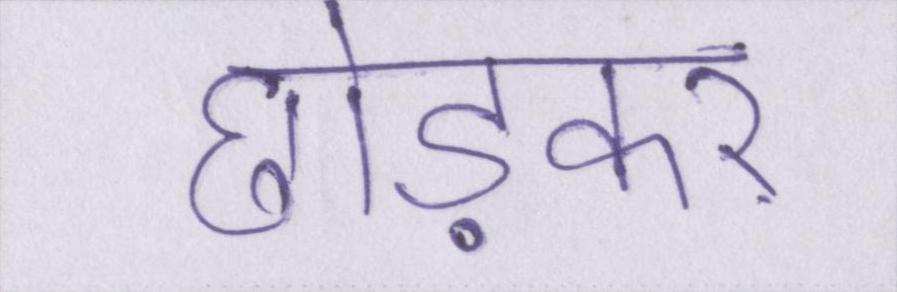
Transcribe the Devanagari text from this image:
छोड़कर